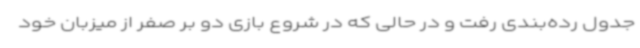
جدول رده‌بندی رفت و در حالی که در شروع بازی دو بر صفر از میزبان خود